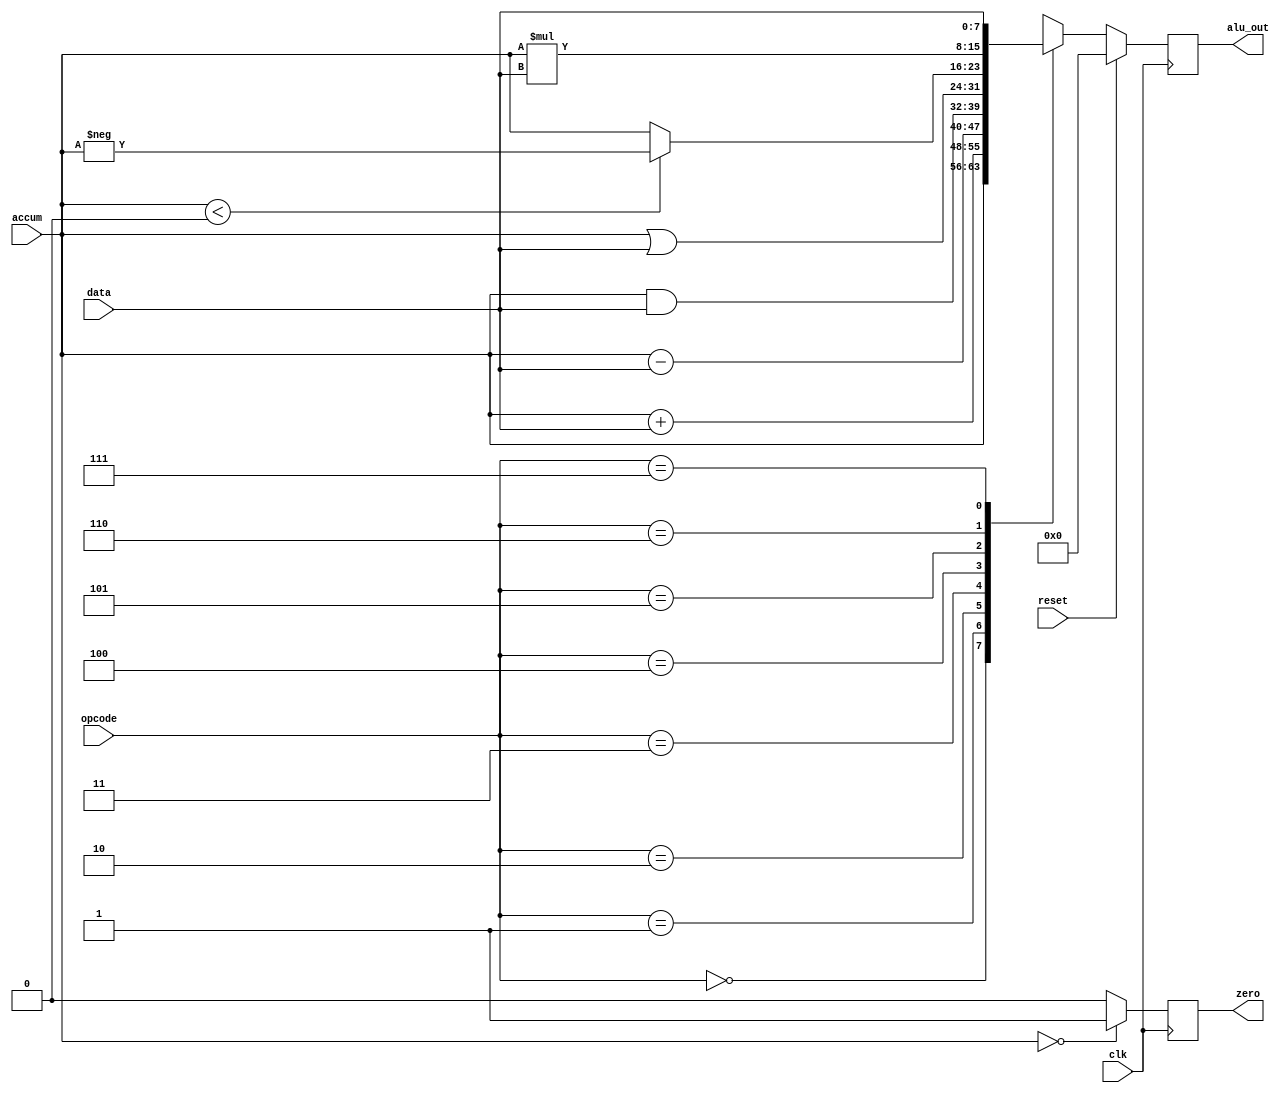
`timescale 1ns / 1ps
//////////////////////////////////////////////////////////////////////////////////
// Company: 
// Engineer: 
// 
// Design Name: 
// Module Name: alu
// Project Name: 
// Target Devices: 
// Tool Versions: 
// Description: 
// 
// Dependencies: 
// 
// Revision:
// Revision 0.01 - File Created
// Additional Comments:
// 
//////////////////////////////////////////////////////////////////////////////////


module alu( alu_out,data,accum,opcode, clk, reset,zero);

output  reg signed [7:0] alu_out;
input  wire signed [7:0] data;
input  wire signed [7:0] accum;
input wire [2:0] opcode;
input wire clk;
input wire reset;
output reg zero;

always@(posedge clk) begin
    if(accum == 0) begin
        zero <= 1;
    end
    else begin 
        zero <= 0;
    end
    if(reset) begin
        alu_out <= 0;
    end
    else begin
        case(opcode)
            3'b000: alu_out = accum;
            3'b001: alu_out = accum + data;
            3'b010: alu_out = accum - data;
            3'b011: alu_out = accum & data;
            3'b100: alu_out = accum | data;
            3'b101: if(accum < 0) begin
                        alu_out = -accum;
                    end
                    else begin
                        alu_out = accum;
                    end
            3'b110: alu_out = accum * data;
            3'b111: alu_out = data;
            3'bxxx: alu_out = 0;
            default:
                    alu_out=0;
        endcase
    end
end

endmodule